system: You are a helpful assistant.
user:
Analyze the provided spectrum to determine if it is a **"Cataclysmic Variables (CV)"**.

- **Key Indicators for CV (Check for either state):**
    - **State 1: Quiescent / Low-State (Emission-Dominated)**
        - **(Primary):** Strong and *very broad* Hydrogen Balmer emission lines (e.g., $H\alpha$ at 6563 Å, $H\beta$ at 4861 Å). The 'broadness' (high velocity dispersion, often FWHM > 1000 km/s) is the key diagnostic, indicating a high-velocity accretion disk.
        - **(Secondary):** Broad neutral Helium (He I) emission lines (e.g., 5876 Å, 6678 Å).
        - **(Key Confirmation):** Presence of high-excitation *ionized* Helium (He II) emission at 4686 Å. This is a strong indicator of accretion onto a white dwarf.
        - **(Line Profile):** Emission lines may exhibit a 'double-peaked' profile, which is a classic signature of a rotating accretion disk viewed at high inclination.

    - **State 2: Outburst / High-State (Absorption-Dominated)**
        - **(Primary):** Spectrum is dominated by a bright, blue continuum (looks like a hot star).
        - **(Secondary):** The emission lines from State 1 are weak, absent, or 'filled in', and are replaced by broad, shallow *absorption* lines (primarily Balmer and He I).
        - **(Morphology):** The overall spectrum mimics a hot B/A-type star. The crucial difference is that the absorption lines are significantly broader, shallower, and more 'washed-out' (or 'smeared') than the sharp lines of a normal stellar photosphere, due to high rotational speeds and pressure broadening in the disk.

Think first, call **spectral_visualization_tool** if needed to examine features in detail, then provide your final answer. Your response must adhere to the following strict rules:
1.  **Overall Structure:** Your response must follow the format `<think>...</think> <tool_call>...</tool_call> (if a tool is used) <answer>...</answer>`.
2.  **Tool Usage Constraint:** You may only make **one** tool call per turn.
3.  **Final Answer Format:** In the `<answer>` tag, your conclusion must be inside a `\boxed{}` command (e.g., `\boxed{YES}`), followed by your justification.

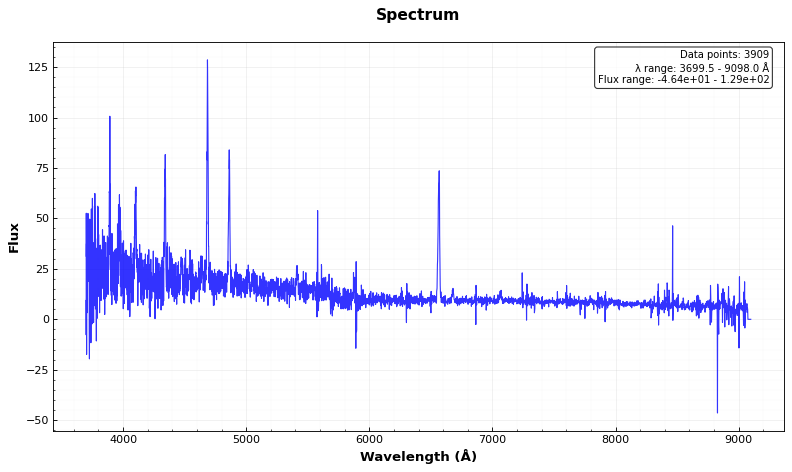
Answer: YES